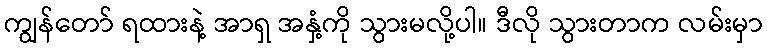
ကျွန်တော် ရထားနဲ့ အာရှ အနှံ့ကို သွားမလို့ပါ။ ဒီလို သွားတာက လမ်းမှာ